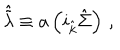
\hat { \tilde { \lambda } } \equiv a \left( i _ { \hat { k } } \hat { \Sigma } \right) \, ,